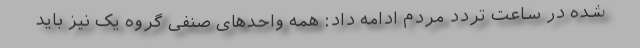
شده در ساعت تردد مردم ادامه داد: همه واحد‌های صنفی گروه یک نیز باید